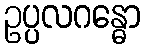
ဥပ္ပလဂန္ဓော